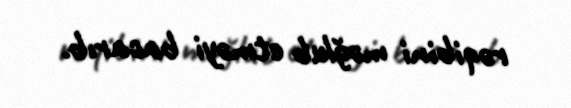
rəqibini məğlub etməyi bacarıb.